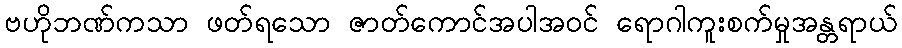
ဗဟိုဘဏ်ကသာ ဖတ်ရသော ဇာတ်ကောင်အပါအဝင် ရောဂါကူးစက်မှုအန္တရာယ်